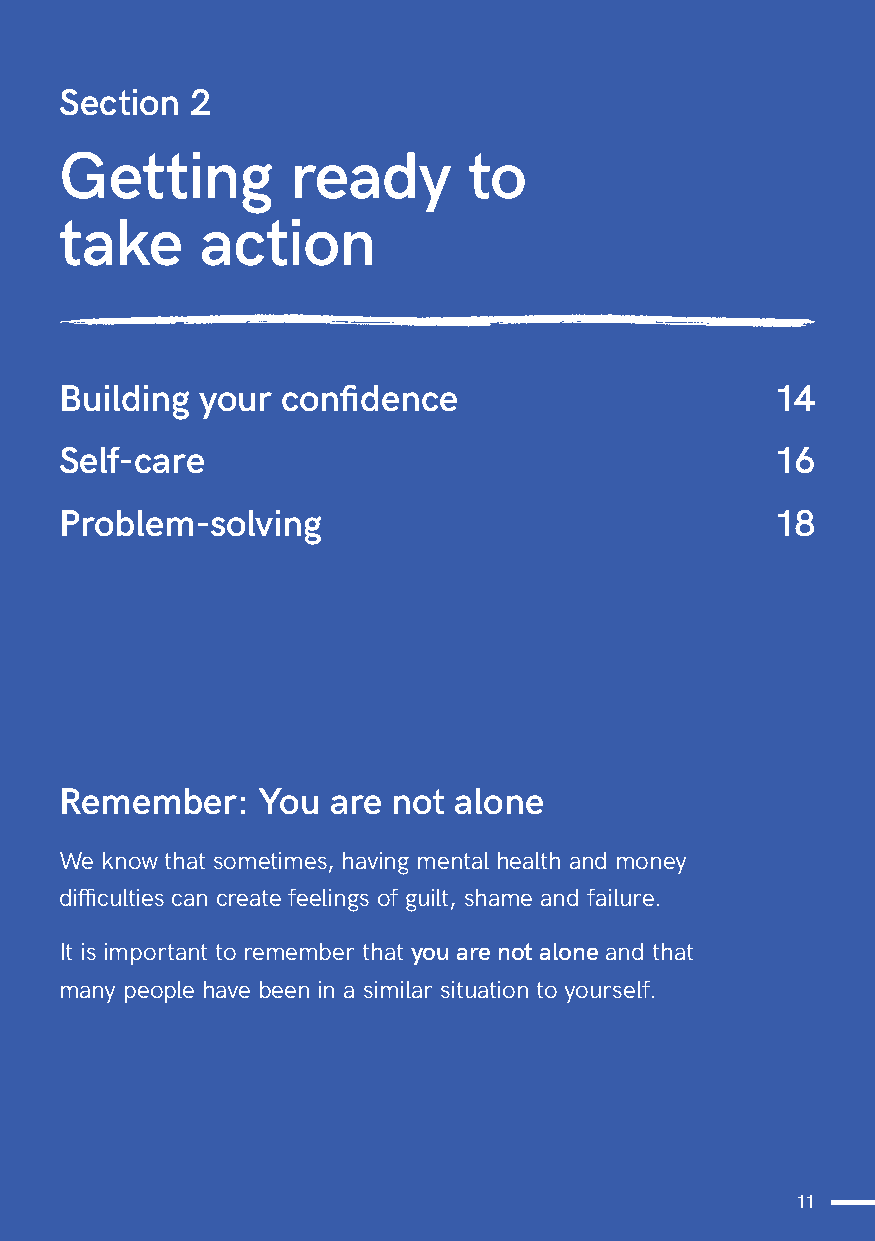
Section  2
 Getting        ready       to
 take     action
 Building your  confidence                      14
 Self-care                                      16
 Problem-solving                                18
 Remember:    You  are not alone
 We know that sometimes, having mental health and money
 difficulties can create feelings of guilt, shame and failure.
 It is important to remember that you are not alone and that
 many people have been in a similar situation to yourself.
 11